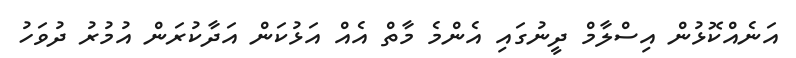
އަނެއްކޮޅުން އިސްލާމް ދީނުގައި އެންމެ މާތް އެއް އަޅުކަން އަދާކުރަން އުމުރު ދުވަހު